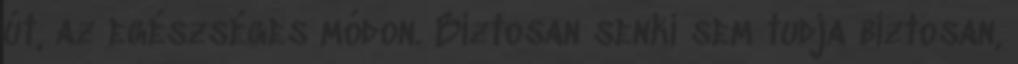
út, az egészséges módon. Biztosan senki sem tudja biztosan,